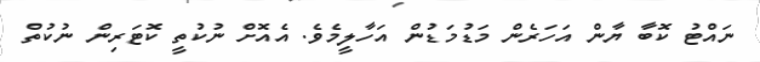
ނައްޓު ކޮބާ ޔާން އަހަރެން މަޑުމަޑުން އަހާލީމެވެ. އެއޮށް ނުކުތީ ކޮޓަރިން ނުކުތް